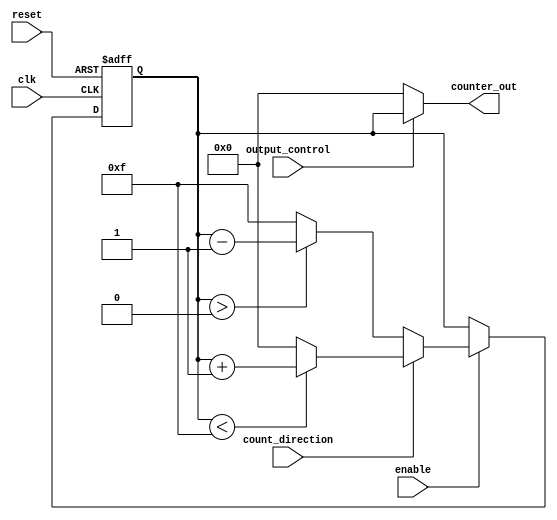
module synchronous_counter #(
    parameter WIDTH = 4,               // Width of the counter
    parameter MAX_COUNT = (1 << WIDTH) - 1, // Maximum count value
    parameter INITIAL_VALUE = 0        // Initial value on reset
)(
    input wire clk,                    // Clock input
    input wire reset,                  // Asynchronous reset
    input wire enable,                 // Enable counting
    input wire count_direction,        // Count direction (1 = up, 0 = down)
    input wire output_control,         // Output control signal
    output reg [WIDTH-1:0] counter_out // Counter output
);

    // Internal counter register
    reg [WIDTH-1:0] counter_reg;

    // Asynchronous reset logic
    always @(posedge clk or posedge reset) begin
        if (reset) begin
            counter_reg <= INITIAL_VALUE; // Reset to initial value
        end else if (enable) begin
            if (count_direction) begin
                // Count up
                if (counter_reg < MAX_COUNT) begin
                    counter_reg <= counter_reg + 1;
                end else begin
                    counter_reg <= 0; // Wrap around
                end
            end else begin
                // Count down
                if (counter_reg > 0) begin
                    counter_reg <= counter_reg - 1;
                end else begin
                    counter_reg <= MAX_COUNT; // Wrap around
                end
            end
        end
    end

    // Output control logic
    always @(*) begin
        if (output_control) begin
            counter_out = counter_reg; // Output current counter value
        end else begin
            counter_out = INITIAL_VALUE; // Output held state (e.g., zero)
        end
    end

endmodule